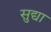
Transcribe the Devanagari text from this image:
सुद्या